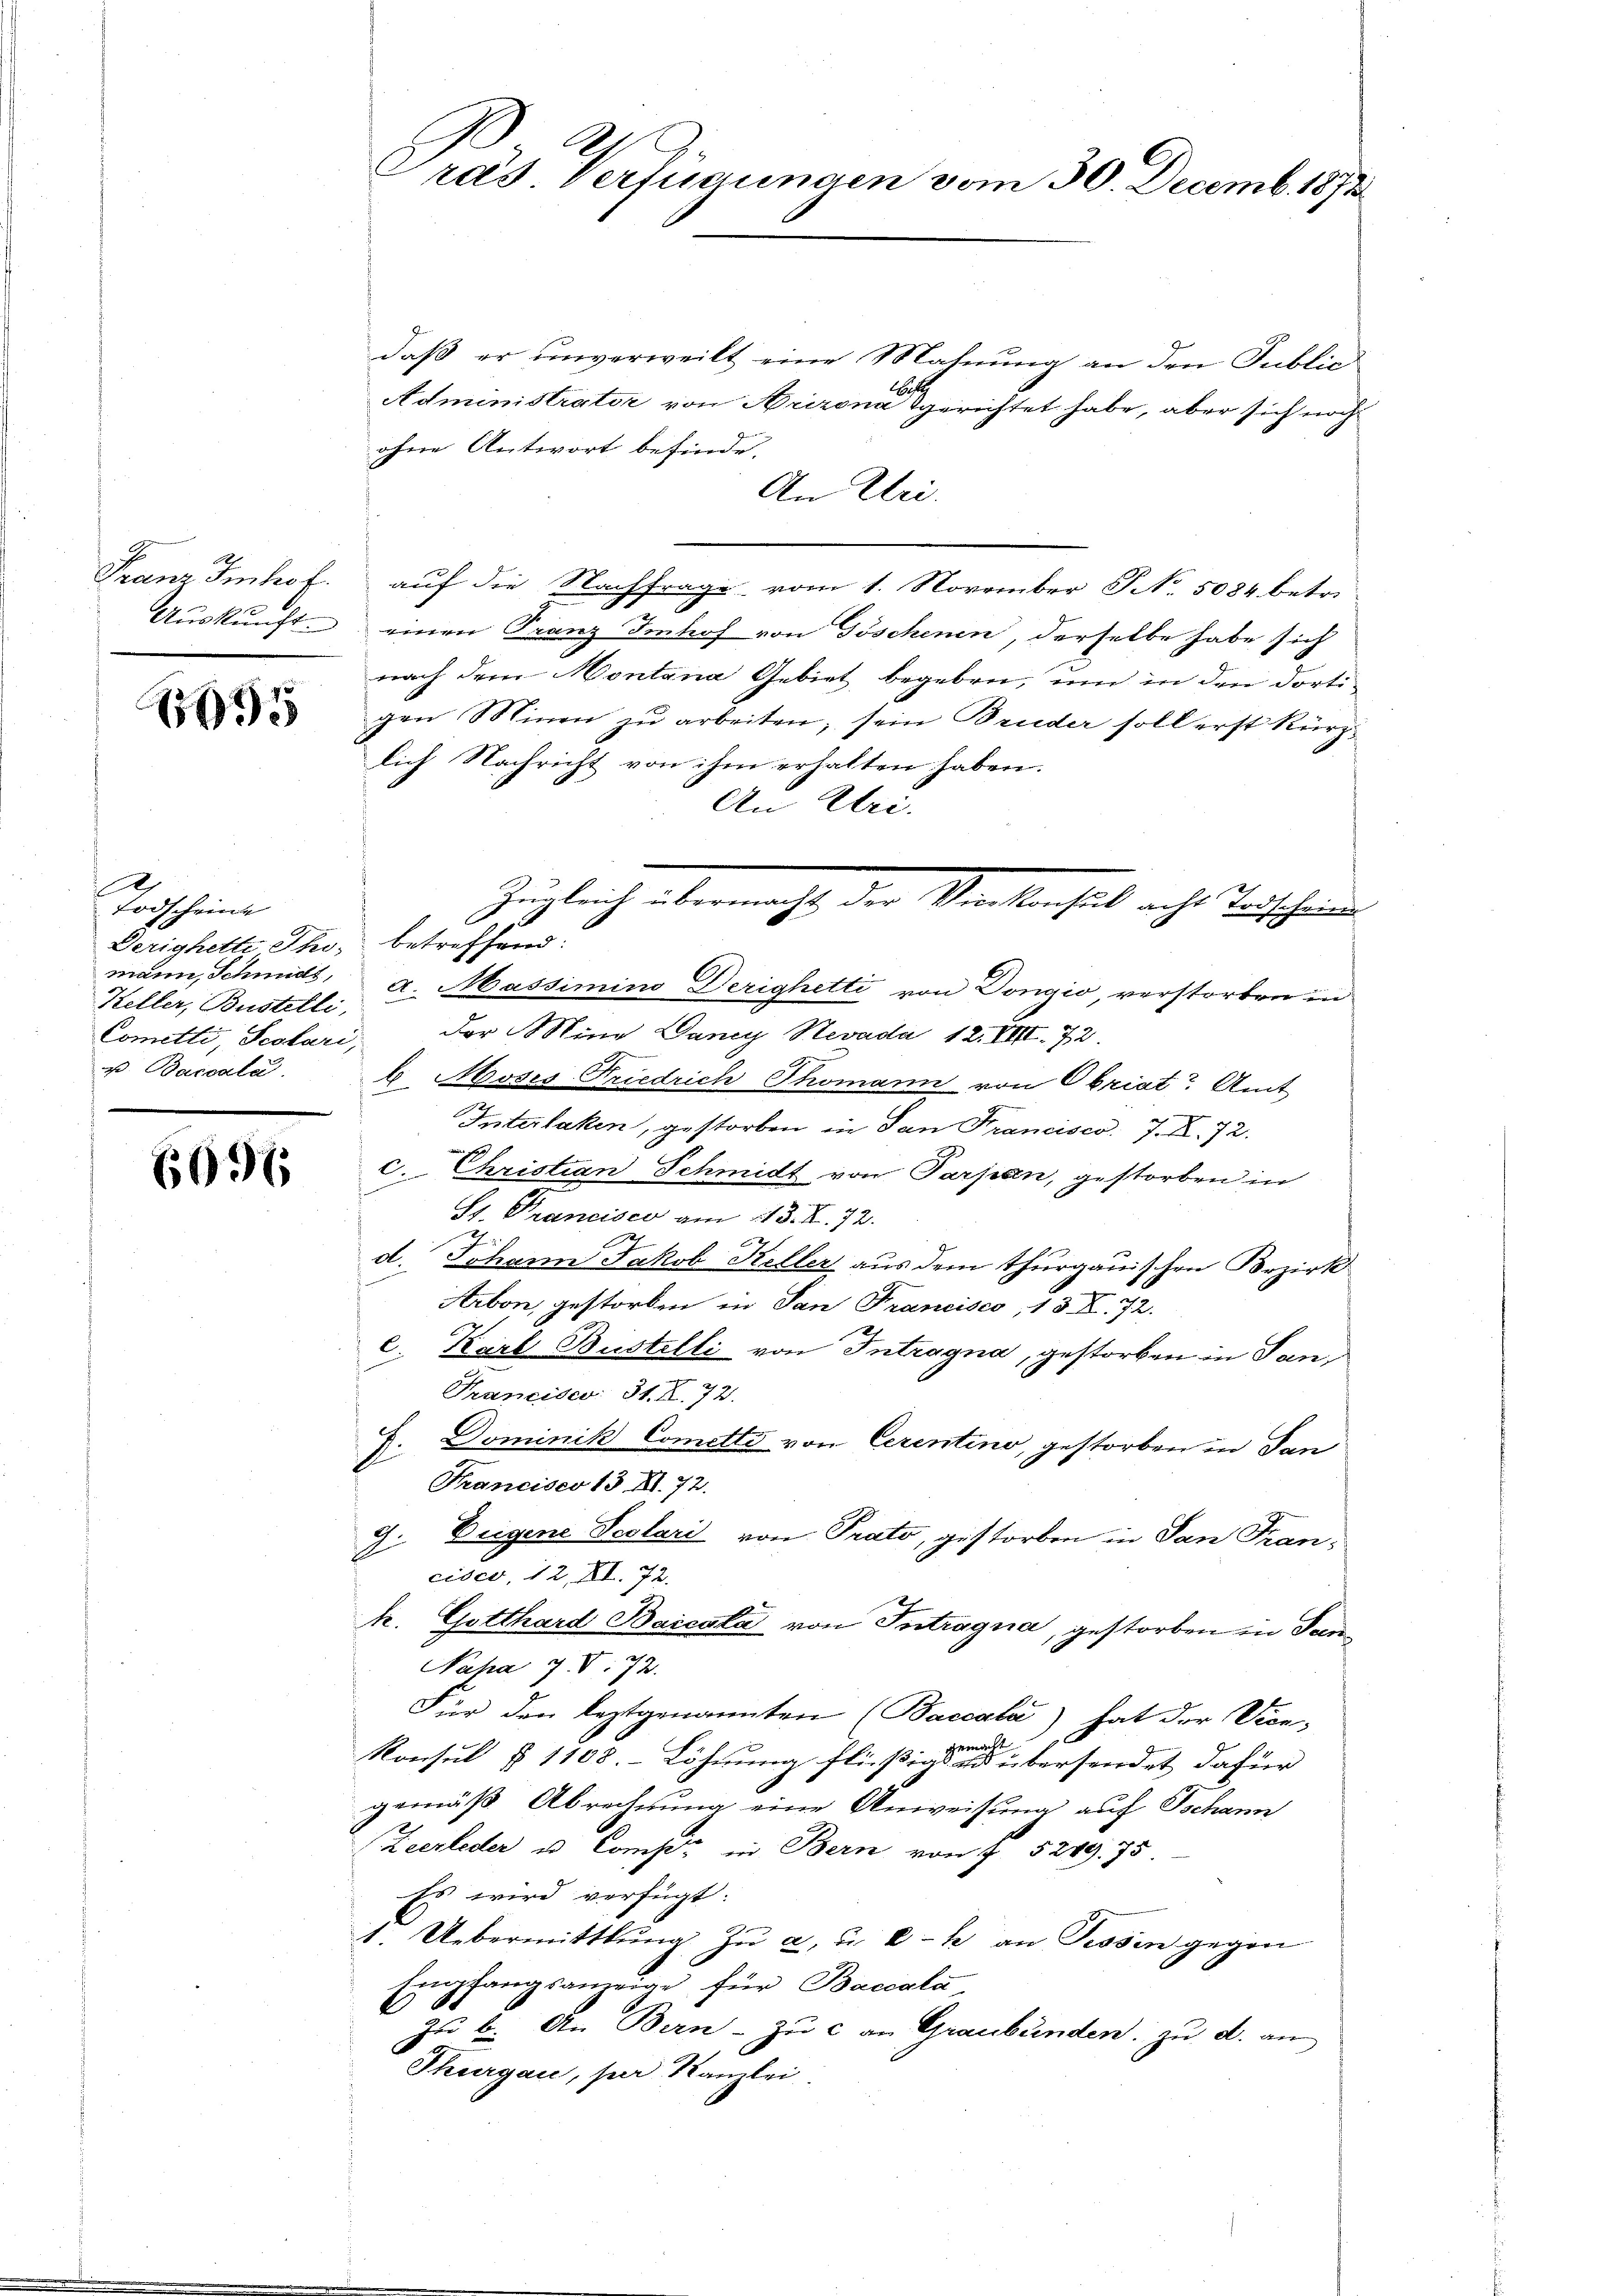
95

2
Todscheine
Derighetti Thi, betreffend:
Keller, Bustelli,
Cometti, Scotari,
p. Baccala

6096

daß er unverweilt eine Mahnung an den Public
bes
Administrator von Arizona gerichtet habe, aber sich noch
ohne Antwort befinde.
An Uri.
Franz Imhof auf die Nachfrage vom 1. November No. 5084 betr.
Aŭskŭnft. einen Franz Imhof von Göschenen, derselbe habe sich
nach dem Montana Gebiet begeben, um in den dortigen Minen zu arbeiten, sein Bruder soll erst kürzlich Nachricht von ihm erhalten haben.
An Uri.
mann, Schmidt, A. Massimino Derighetti von Dongio, verstorben un
der Mine Daney Nevada 12. VIII. 72.
b Moses-Friedrich Thomann von Obriat Amt
Interlaken, gestorben in San Francisco. 7. X. 72.
C. Christian Schmidt von Parpan, gestorben in
St. Prancisco am 113. X. 72.
d. Johann Jakob Keller aus dem Thurgauischen Bezirk
Arbon, gestorben in San Francisco, 13 X. 72.
e. Karl Bustelli von Intragna, gestorben in San¬
Francisco 31. X. 72.
J. Dominik Comitti von Cerentino, gestorben in San
Francisco 13. XI. 72.
9. Beigene Scolari von Prato, gestorben in San Francisco, 12. XI. 72.
k. Gotthard Barcala von Intragna, gestorben in San¬
Napa J. V. 72.
Für den leztgenannten (Baccala) hat der Vice-
sre
Konsul § 1108. Löhnung flüßigst übersendet dafür
gemäß Abrechnung eine Anweisung auf Jschann
Zeerleder u. Comp. in Bern von § 5249. 75.
Es wird verfügt:
1. Uebermittlung zu a. u. Er an Tessin gegen
Empfangsanzeige für Baccala
Zu b. An Bern - zu c an Graubünden zu d. an
Thurgau, per Kanzlei.

Präs. Verfügungen vom 30. Decemb. 1873

Zugleich übermacht, der Verleiheit auch Teutschauen